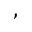
,